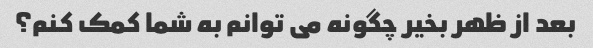
بعد از ظهر بخیر چگونه می توانم به شما کمک کنم؟